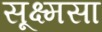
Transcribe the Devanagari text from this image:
सूक्ष्मसा